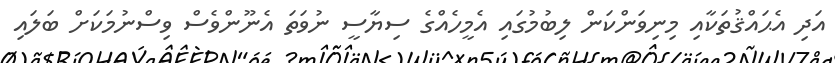
އަދި އެޙައްޤުތަކާއި މިނިވަންކަން ލިބުމުގައި އެމީހެއްގެ ސިޔާސީ ނުވަތަ އެނޫންވެސް ވިސްނުމަކަށް ބަލައި